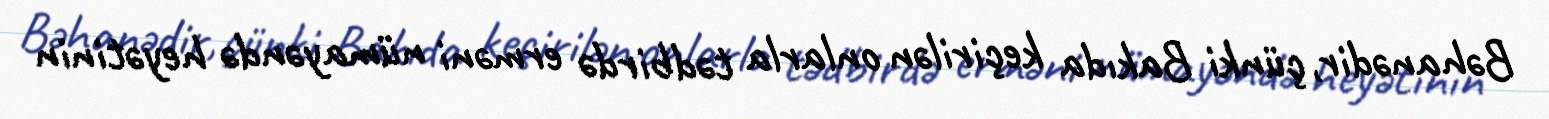
Bəhanədir, çünki Bakıda keçirilən onlarla tədbirdə erməni nümayəndə heyətinin